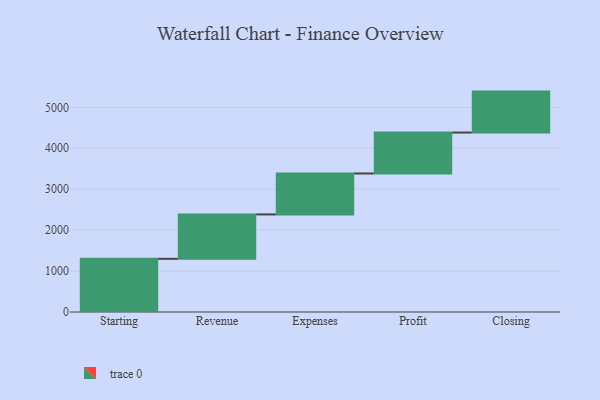
{"axis": {"x": "Step", "y": "Value"}, "legend": [""], "data": [{"x": "Starting", "y": 1299.0, "type": ""}, {"x": "Revenue", "y": 1085.0, "type": ""}, {"x": "Expenses", "y": 1000, "type": ""}, {"x": "Profit", "y": 1000, "type": ""}, {"x": "Closing", "y": 1000, "type": ""}]}